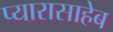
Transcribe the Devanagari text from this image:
प्यारासाहेब